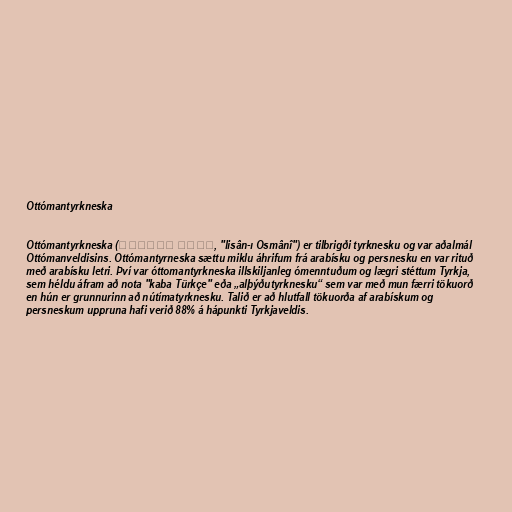
Ottómantyrkneska

Ottómantyrkneska (لسان عثمانی‎, "lisân-ı Osmânî") er tilbrigði tyrknesku og var aðalmál
Ottómanveldisins. Ottómantyrneska sættu miklu áhrifum frá arabísku og persnesku en var rituð
með arabísku letri. Því var óttomantyrkneska illskiljanleg ómenntuðum og lægri stéttum Tyrkja,
sem héldu áfram að nota "kaba Türkçe" eða „alþýðutyrknesku“ sem var með mun færri tökuorð
en hún er grunnurinn að nútímatyrknesku. Talið er að hlutfall tökuorða af arabískum og
persneskum uppruna hafi verið 88% á hápunkti Tyrkjaveldis.